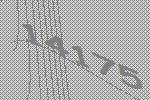
14175